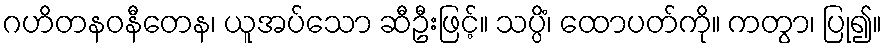
ဂဟိတနဝနီတေန၊ ယူအပ်သော ဆီဦးဖြင့်။ သပ္ပိံ၊ ထောပတ်ကို။ ကတွာ၊ ပြု၍။